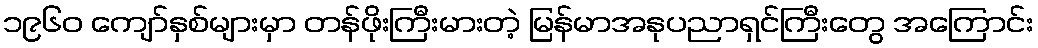
၁၉၆၀ ကျော်နှစ်များမှာ တန်ဖိုးကြီးမားတဲ့ မြန်မာအနုပညာရှင်ကြီးတွေ အကြောင်း